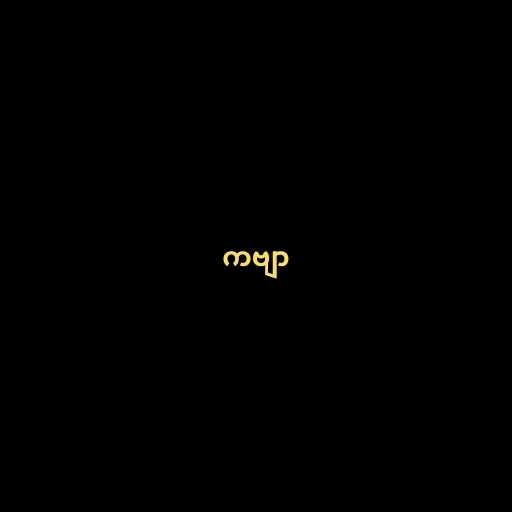
ကဗျာ